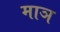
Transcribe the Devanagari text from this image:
माञ